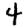
Digit: 4